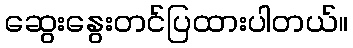
ဆွေးနွေးတင်ပြထားပါတယ်။